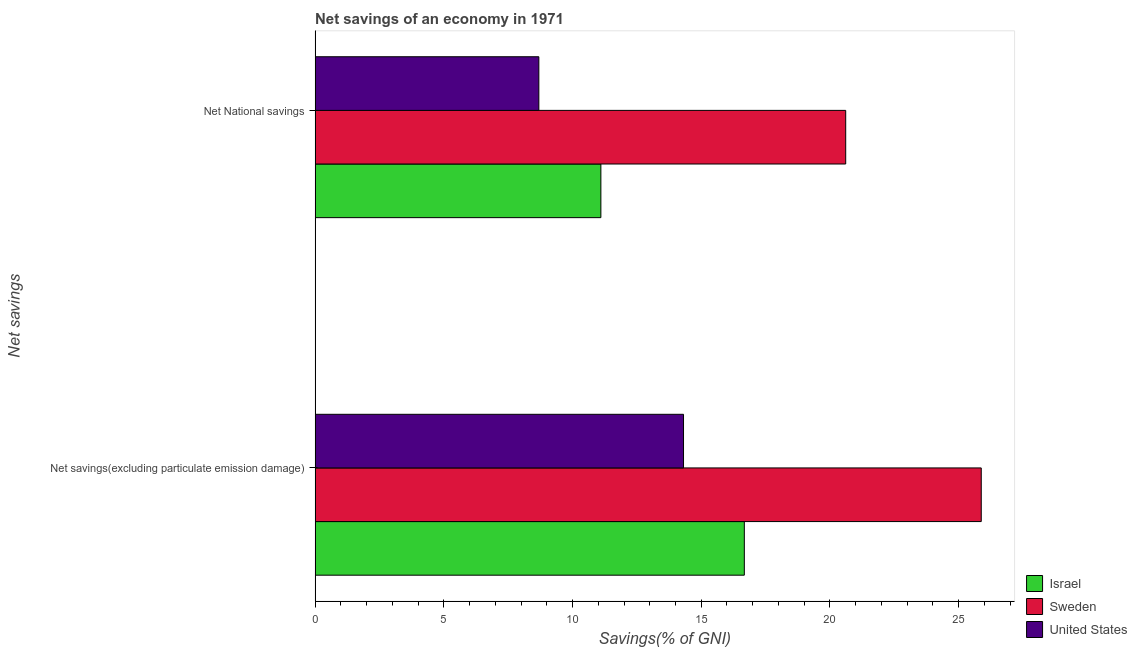
| Net savings | Israel | Sweden | United States |
 | --- | --- | --- | --- |
 | Net savings(excluding particulate emission damage) | 16.7 | 25.9 | 14.3 |
 | Net National savings | 11.1 | 20.6 | 8.69 |